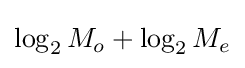
\log _{2}M_{o}+\log _{2}M_{e}